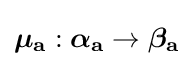
{\textstyle {\boldsymbol {\mathbf {\mu _{a}} }}:{\boldsymbol {\mathbf {\alpha _{a}} }}\rightarrow {\boldsymbol {\mathbf {\beta _{a}} }}}